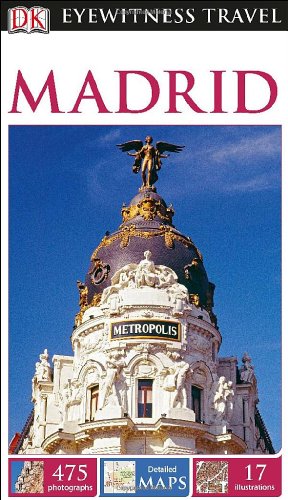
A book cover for DK Eyewitness Travel Guide: Madrid; DK Publishing; Travel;